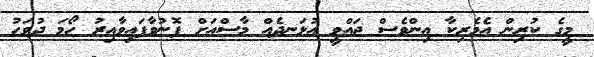
މީގެ ކުރިން އެމެރިކާ އިންވެސް ޖައްވީ އުޅަނދެއް މާސްއަށް ފޮނުވާފައިވާއިރު ހޯމަ ދުވަހު